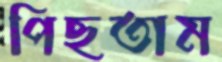
পিছতাম